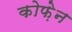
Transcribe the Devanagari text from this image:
कोफ़ेन